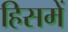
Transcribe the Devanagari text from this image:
हिसमें